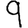
Digit: 9